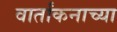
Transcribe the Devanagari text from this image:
वार्तांकनाच्या